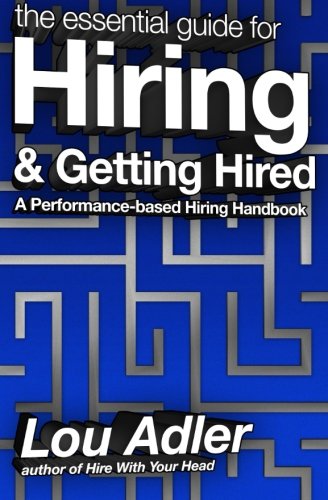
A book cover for The Essential Guide for Hiring & Getting Hired: Performance-based Hiring Series; Lou Adler; Business & Money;